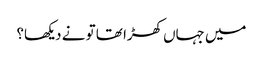
میں جہاں کھڑا تھا تو نے دیکھا؟